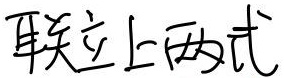
联立上两式